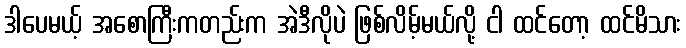
ဒါပေမယ့် အစောကြီးကတည်းက အဲဒီလိုပဲ ဖြစ်လိမ့်မယ်လို့ ငါ ထင်တော့ ထင်မိသား